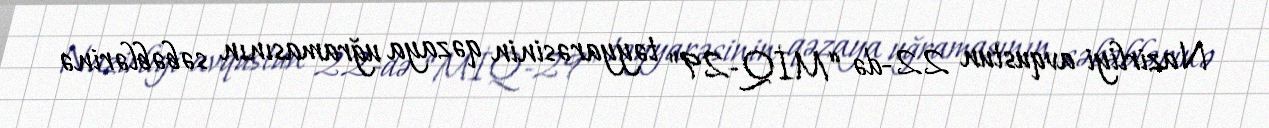
Nazirliyi avqustun 22-də “MİQ-29" təyyarəsinin qəzaya uğramasının səbəblərinə